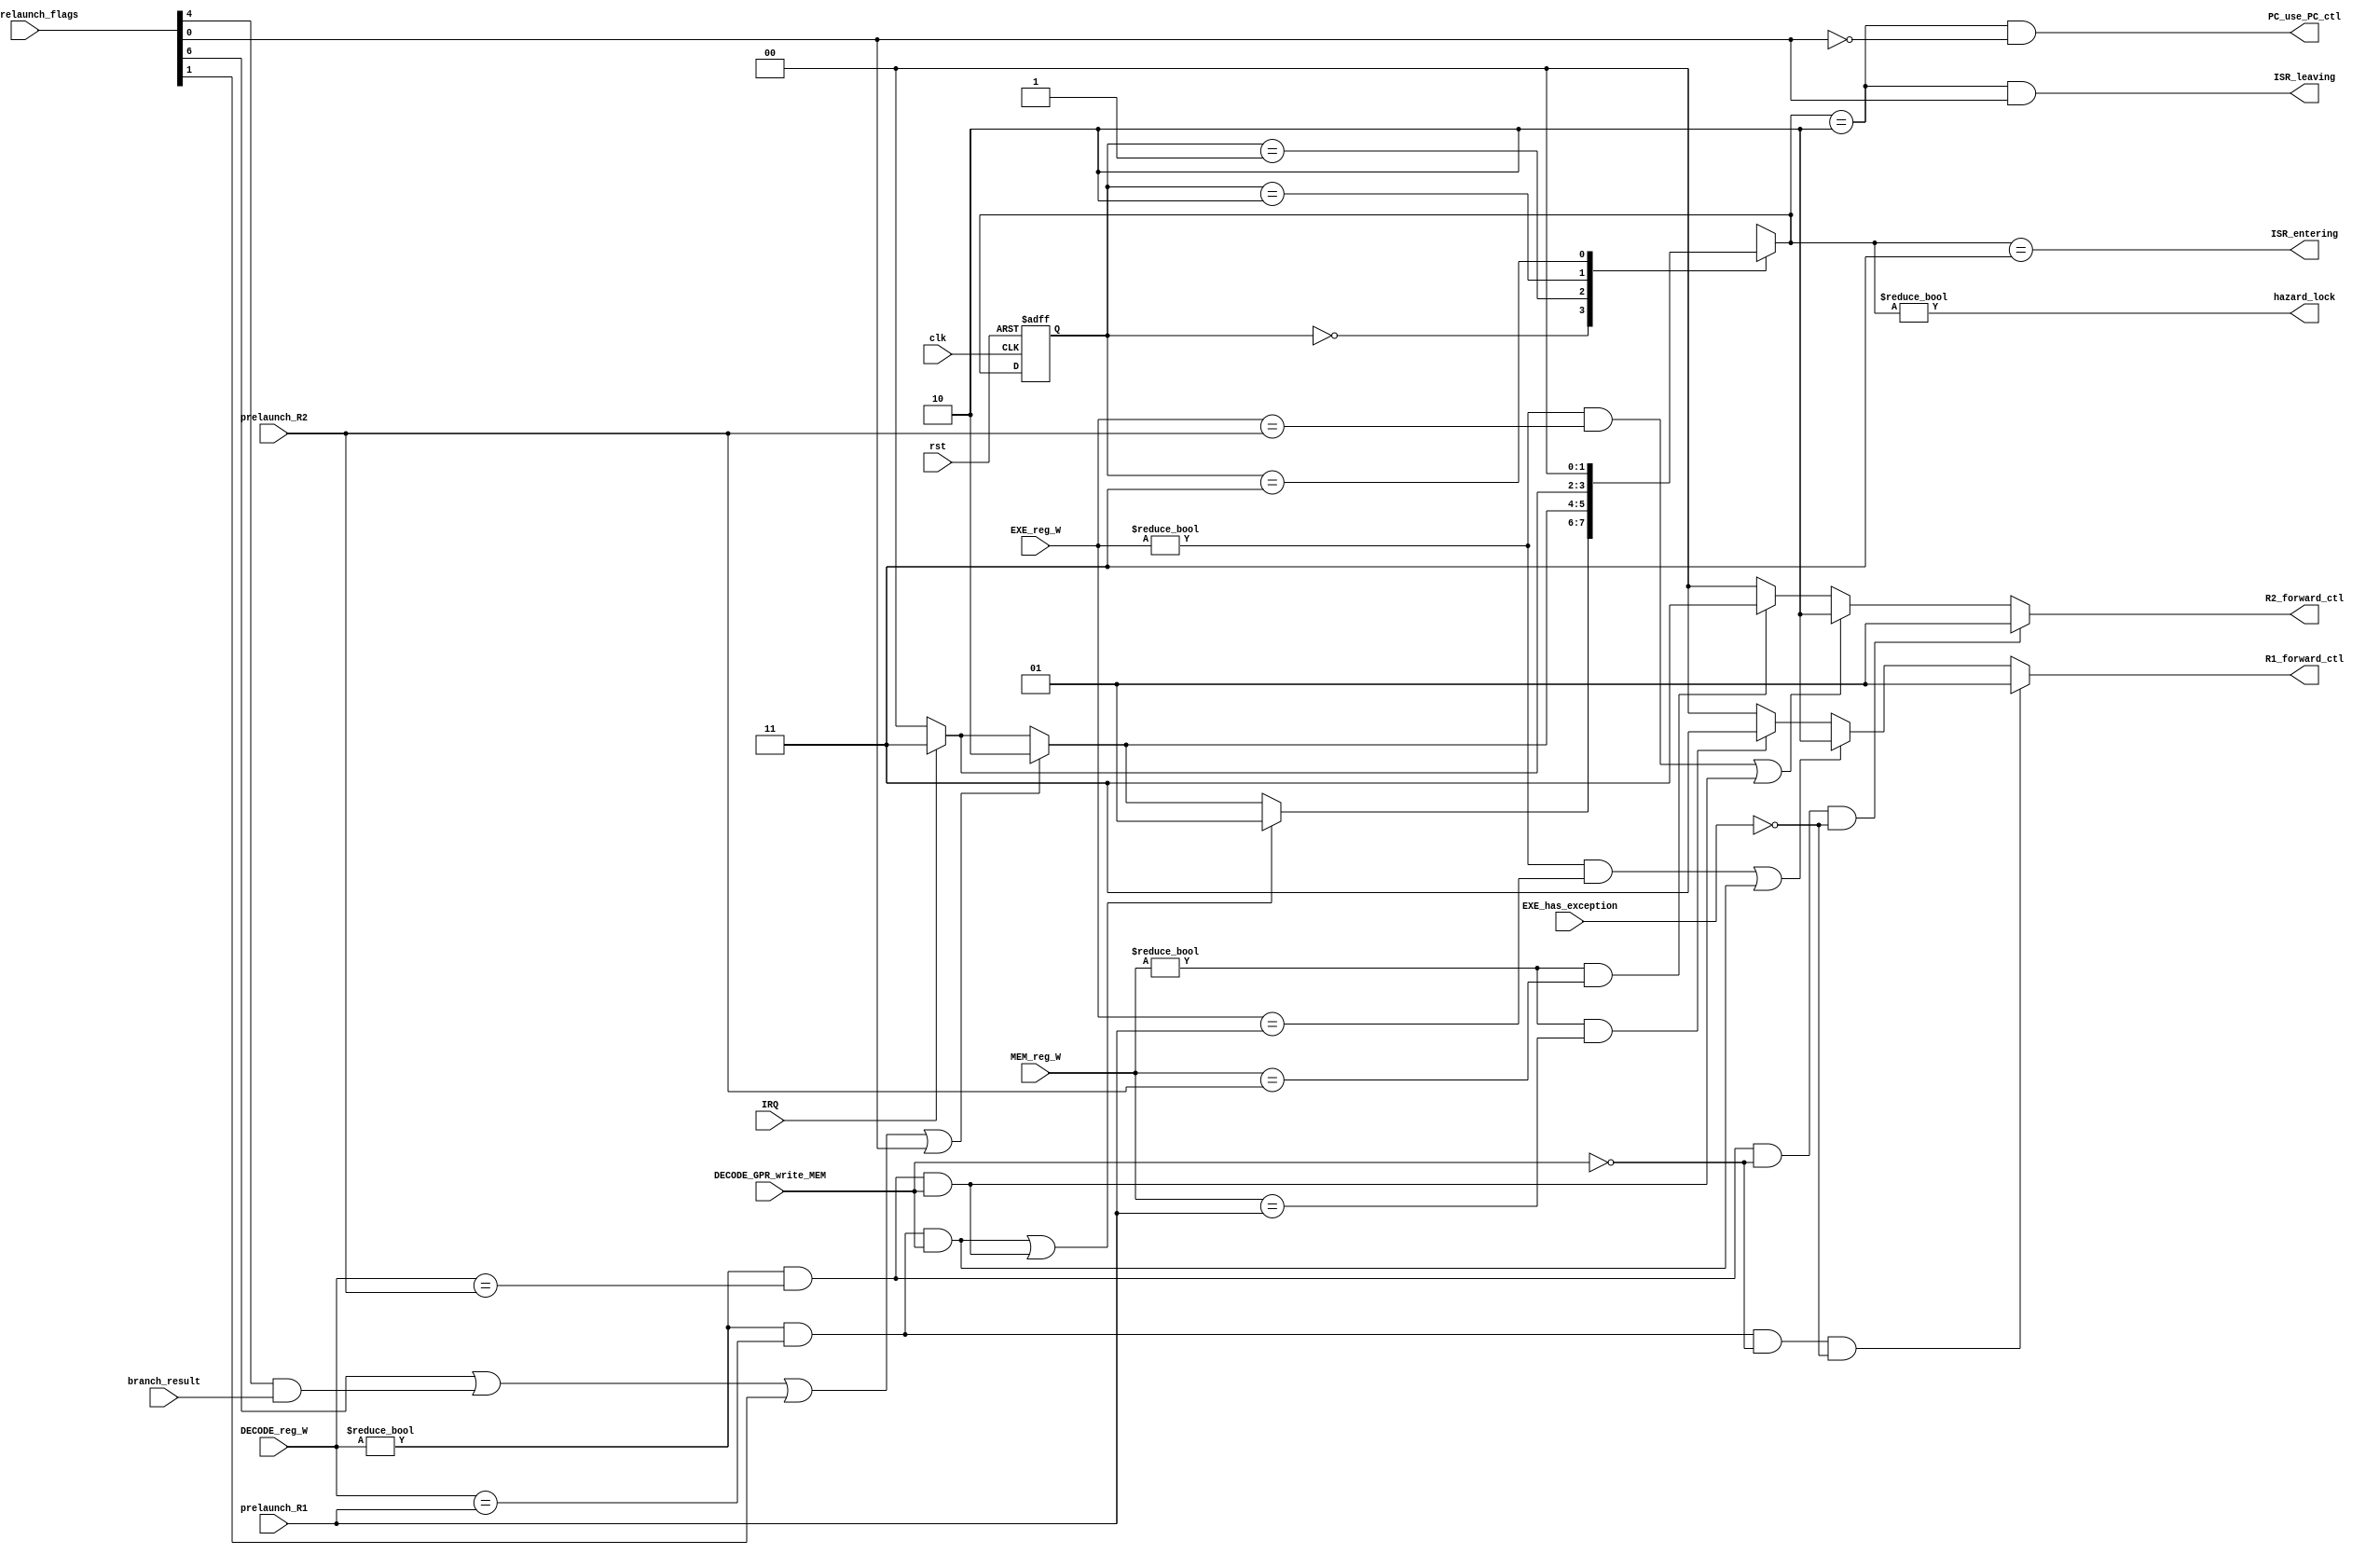

// pipeline_launch_ctl pipeline_launch_ctl_(hazard_lock, ins_prelaunch_flags, R1_forward_ctl, R2_forward_ctl, prelaunch_R1, prelaunch_R2, DECODE_reg_W, EXE_reg_W, MEM_reg_W, DECODE_GPR_write_MEM, IRQ, ISR_entering, ISR_leaving, clk, rst);
module pipeline_launch_ctl(
  output hazard_lock,   // launch pipeline bubble, lock PC auto +4, lock IR (POST FETCH)

  input [7:0] ins_prelaunch_flags,

  output [1:0] R1_forward_ctl, R2_forward_ctl,  // 00 - GPR, 01 - EXE_forward, 10 - MEM_forward, 11 - WB_forward
  output PC_use_PC_ctl,   // when = 1, PC use PC_ctl val (for branch/jmp, hazard_lock needed)

  input branch_result,
  input [4:0] prelaunch_R1, prelaunch_R2,
  input [4:0] DECODE_reg_W, EXE_reg_W, MEM_reg_W,
  input DECODE_GPR_write_MEM,   // for detect load->use hazard
  input EXE_has_exception,  // EXE not update GPR when has exception (such as add overflow)

  input IRQ, output ISR_entering, ISR_leaving,   // CP0 ctl

  input clk, rst
);

  wire prelaunch_typeR_ALU, prelaunch_typeR_jr, prelaunch_typeI_ALU, prelaunch_typeI_Branch, prelaunch_typeI_Load, prelaunch_typeI_Store, prelaunch_typeJ, prelaunch_typeCP0_eret;
  assign {prelaunch_typeR_ALU, prelaunch_typeR_jr, prelaunch_typeI_ALU, prelaunch_typeI_Branch, prelaunch_typeI_Load, prelaunch_typeI_Store, prelaunch_typeJ, prelaunch_typeCP0_eret} = ins_prelaunch_flags;


  // hazard detect
  wire data_hazard_R1E = (DECODE_reg_W != 5'b0) & (DECODE_reg_W == prelaunch_R1);
  wire data_hazard_R2E = (DECODE_reg_W != 5'b0) & (DECODE_reg_W == prelaunch_R2);
  wire data_hazard_R1E_ALU  = data_hazard_R1E & ~DECODE_GPR_write_MEM & ~EXE_has_exception;    // execute->use
  wire data_hazard_R2E_ALU  = data_hazard_R2E & ~DECODE_GPR_write_MEM & ~EXE_has_exception;    // execute->use
  wire data_hazard_R1E_load = data_hazard_R1E & DECODE_GPR_write_MEM;     // load->use
  wire data_hazard_R2E_load = data_hazard_R2E & DECODE_GPR_write_MEM;     // load->use
  wire data_hazard_R1M = (EXE_reg_W    != 5'b0) & (EXE_reg_W    == prelaunch_R1);
  wire data_hazard_R2M = (EXE_reg_W    != 5'b0) & (EXE_reg_W    == prelaunch_R2);
  wire data_hazard_R1W = (MEM_reg_W    != 5'b0) & (MEM_reg_W    == prelaunch_R1);
  wire data_hazard_R2W = (MEM_reg_W    != 5'b0) & (MEM_reg_W    == prelaunch_R2);


  // data forward ctl
  assign R1_forward_ctl = data_hazard_R1E_ALU ? 2'b01 :
                          (data_hazard_R1M | data_hazard_R1E_load) ? 2'b10 :
                          data_hazard_R1W ? 2'b11 : 2'b00;

  assign R2_forward_ctl = data_hazard_R2E_ALU ? 2'b01 :
                          (data_hazard_R2M | data_hazard_R2E_load) ? 2'b10 :
                          data_hazard_R2W ? 2'b11 : 2'b00;


  // multi hazard state machine
  localparam NORMAL = 2'h0, LOAD_USE_HAZARD = 2'h1, CONTROL_HAZARD = 2'h2, ISR_ENTER = 2'h3;
  reg [1:0] HAZARD_CONTROL_STATE = NORMAL;
  reg [1:0] HAZARD_CONTROL_STATE_NEXT;

  always @ (posedge clk or posedge rst) begin
    if (rst) HAZARD_CONTROL_STATE <= NORMAL;
    else HAZARD_CONTROL_STATE <= HAZARD_CONTROL_STATE_NEXT;
  end

  wire has_load_hazard = data_hazard_R1E_load | data_hazard_R2E_load; // load->use hazard, this could be auto unlock
  wire has_control_hazard = (prelaunch_typeR_jr | (prelaunch_typeI_Branch & branch_result) | prelaunch_typeJ | prelaunch_typeCP0_eret);
  always @ (*) begin
    case (HAZARD_CONTROL_STATE)
      NORMAL:
        if (has_load_hazard)          HAZARD_CONTROL_STATE_NEXT = LOAD_USE_HAZARD;
        else if (has_control_hazard)  HAZARD_CONTROL_STATE_NEXT = CONTROL_HAZARD;
        else if (IRQ)                 HAZARD_CONTROL_STATE_NEXT = ISR_ENTER;
        else                          HAZARD_CONTROL_STATE_NEXT = NORMAL;

      LOAD_USE_HAZARD:
        if (has_control_hazard)       HAZARD_CONTROL_STATE_NEXT = CONTROL_HAZARD;
        else if (IRQ)                 HAZARD_CONTROL_STATE_NEXT = ISR_ENTER;
        else                          HAZARD_CONTROL_STATE_NEXT = NORMAL;

      CONTROL_HAZARD:
        if (IRQ)                      HAZARD_CONTROL_STATE_NEXT = ISR_ENTER;
        else                          HAZARD_CONTROL_STATE_NEXT = NORMAL;

      ISR_ENTER:                      HAZARD_CONTROL_STATE_NEXT = NORMAL;

    endcase
  end


  assign hazard_lock = (HAZARD_CONTROL_STATE_NEXT != NORMAL);
  assign ISR_entering  = (HAZARD_CONTROL_STATE_NEXT == ISR_ENTER);
  assign ISR_leaving   = (HAZARD_CONTROL_STATE_NEXT == CONTROL_HAZARD) & prelaunch_typeCP0_eret;
  assign PC_use_PC_ctl = (HAZARD_CONTROL_STATE_NEXT == CONTROL_HAZARD) & ~prelaunch_typeCP0_eret;

endmodule